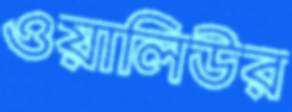
ওয়ালিউর